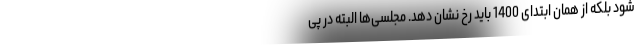
شود بلکه از همان ابتدای 1400 باید رخ نشان دهد. مجلسی‌ها البته در پی